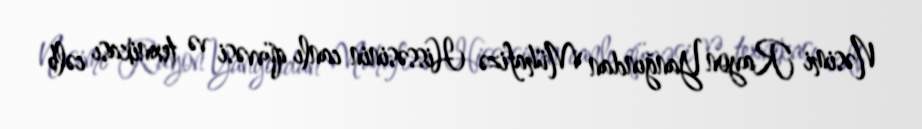
Nəsimi Rayon Yanğından Mühafizə Hissəsinin canlı qüvvəsi və texnikası cəlb